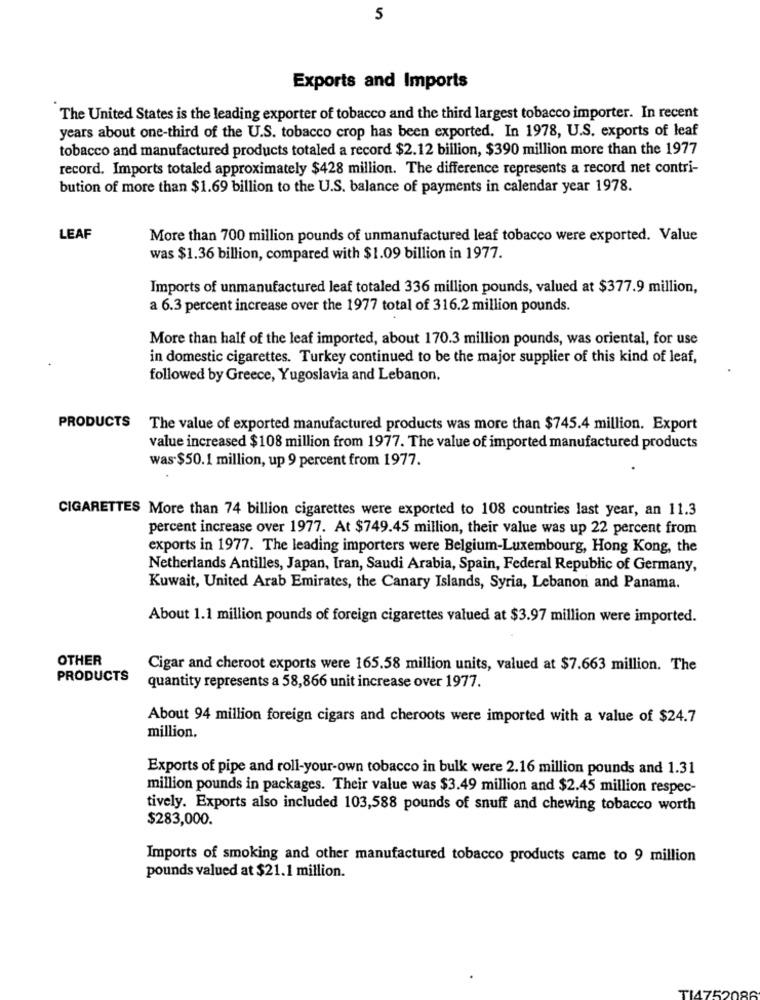
5
Exports and Imports
The United States is the leading exporter of tobacco and the third largest tobacco importer. In recent
years about one-third of the U.S. tobacco crop has been exported. In 1978, U.S. exports of leaf
tobacco and manufactured products totaled a record $2.12 billion, $390 million more than the 1977
record. Imports totaled approximately $428 million. The difference represents a record net contri-
bution of more than $1.69 billion to the U.S. balance of payments in calendar year 1978.
LEAF
More than 700 million pounds of unmanufactured leaf tobacco were exported. Value
was $1.36 billion, compared with $1.09 billion in 1977.
Imports of unmanufactured leaf totaled 336 million pounds, valued at $377.9 million,
a 6.3 percent increase over the 1977 total of 316.2 million pounds.
More than half of the leaf imported, about 170.3 million pounds, was oriental, for use
in domestic cigarettes. Turkey continued to be the major supplier of this kind of leaf,
followed by Greece, Yugoslavia and Lebanon.
PRODUCTS The value of exported manufactured products was more than $745.4 million. Export
value increased $108 million from 1977. The value of imported manufactured products
was-$50. 1 million, up 9 percent from 1977.
CIGARETTES More than 74 billion cigarettes were exported to 108 countries last year, an 11.3
percent increase over 1977. At $749.45 million, their value was up 22 percent from
exports in 1977. The leading importers were Belgium-Luxembourg, Hong Kong, the
Netherlands Antilles, Japan, Iran, Saudi Arabia, Spain, Federal Republic of Germany,
Kuwait, United Arab Emirates, the Canary Islands, Syria, Lebanon and Panama.
About 1.1 million pounds of foreign cigarettes valued at $3.97 million were imported.
OTHER
Cigar and cheroot exports were 165.58 million units, valued at $7.663 million. The
PRODUCTS
quantity represents a 58,866 unit increase over 1977.
About 94 million foreign cigars and cheroots were imported with a value of $24.7
million.
Exports of pipe and roll-your-own tobacco in bulk were 2.16 million pounds and 1.31
million pounds in packages. Their value was $3.49 million and $2.45 million respec-
tively. Exports also included 103,588 pounds of snuff and chewing tobacco worth
$283,000.
Imports of smoking and other manufactured tobacco products came to 9 million
pounds valued at $21.1 million.
TM-